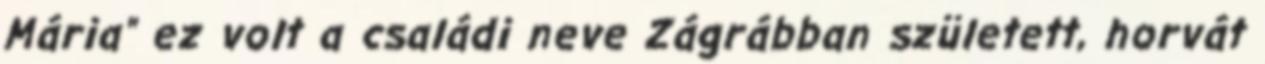
Mária" ez volt a családi neve Zágrábban született, horvát